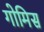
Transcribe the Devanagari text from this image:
गोमिस